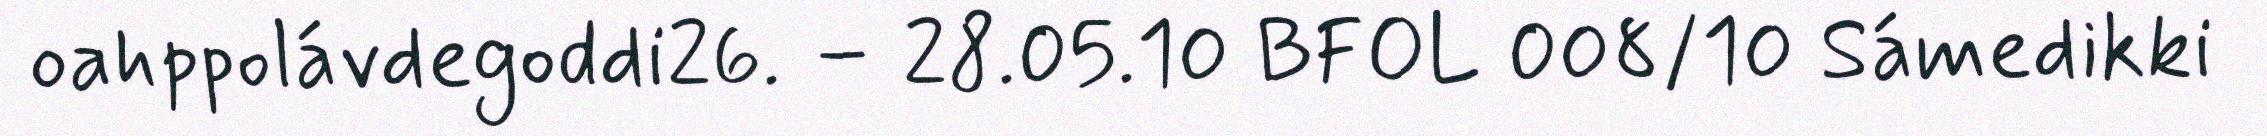
oahppolávdegoddi26. – 28.05.10 BFOL 008/10 Sámedikki